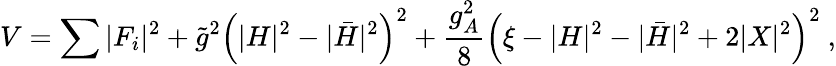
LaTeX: V=\sum|F_{i}|^{2}+\tilde{g}^{2}\left(|H|^{2}-|\bar{H}|^{2}\right)^{2}+\frac{g_{A}^{2}}{8}\left(\xi-|H|^{2}-|\bar{H}|^{2}+2|X|^{2}\right)^{2}~,